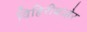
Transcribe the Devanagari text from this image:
विहिरीबाहेर